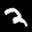
Label: 2